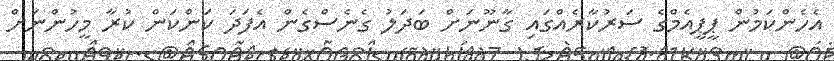
އެހެންކަމުން ޕީޕީއެމްގެ ސަރުކާރެއްގައި ގާނޫނަށް ބަދަލު ގެނެސްގެން އެފަދަ ކަންކަން ކުރާ މީހުންނަށް